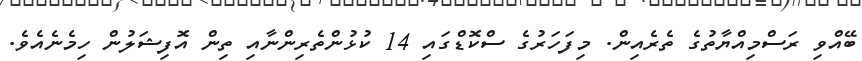
ބޭއްވި ރަސްމިއްޔާތުގެ ތެރެއިން. މިފަހަރުގެ ސްކޮޑްގައި 14 ކުޅުންތެރިންނާއި ތިން އޮފިޝަލުން ހިމެނެއެވެ.